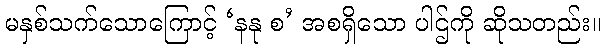
မနှစ်သက်သောကြောင့် ‘နနု စ’ အစရှိသော ပါဌ်ကို ဆိုသတည်း။